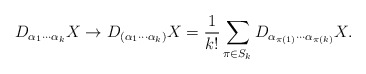
\begin{align*}D_{\alpha_1\cdots\alpha_k}X\to D_{(\alpha_1\cdots\alpha_k)}X= \frac{1}{k!}\sum_{\pi\in S_k} D_{\alpha_{\pi(1)}\cdots\alpha_{\pi(k)}}X.\end{align*}